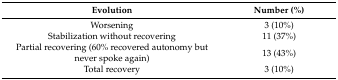
| Evolution | Number (%) |
 | --- | --- |
 | Worsening | 3 (10%) |
 | Stabilization without recovering | 11 (37%) |
 | Partial recovering (60% recovered autonomy but never spoke again) | 13 (43%) |
 | Total recovery | 3 (10%) |